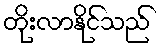
တိုးလာနိုင်သည်